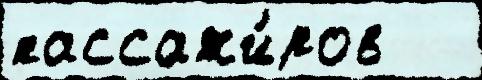
пассажи́ров